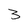
Character: 3